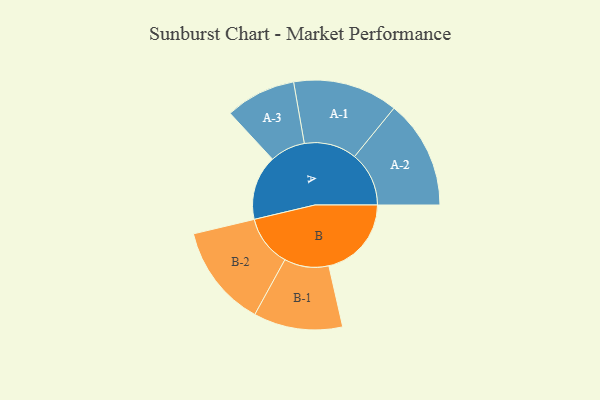
{"axis": {"x": "Segment", "y": "Value"}, "legend": ["", "A", "B"], "data": [{"x": "A", "y": 349, "type": ""}, {"x": "B", "y": 445, "type": ""}, {"x": "A-1", "y": 283, "type": "A"}, {"x": "A-2", "y": 293, "type": "A"}, {"x": "A-3", "y": 190, "type": "A"}, {"x": "B-1", "y": 240, "type": "B"}, {"x": "B-2", "y": 276, "type": "B"}]}